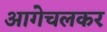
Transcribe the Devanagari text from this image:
आगेचलकर